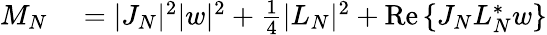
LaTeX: \begin{array}{rl}{M_{N}}&{{}=|J_{N}|^{2}|w|^{2}+\frac{1}{4}|L_{N}|^{2}+\operatorname{Re}{\{ J_{N}L_{N}^{*}w\} }}\end{array}